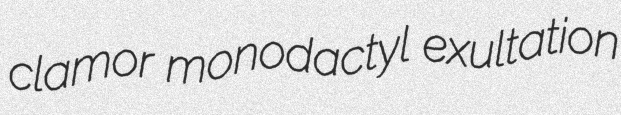
clamor monodactyl exultation